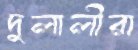
দুলালীরা